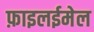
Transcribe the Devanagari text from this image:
फ़ाइलईमेल